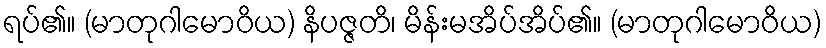
ရပ်၏။ (မာတုဂါမောဝိယ) နိပဇ္ဇတိ၊ မိန်းမအိပ်အိပ်၏။ (မာတုဂါမောဝိယ)